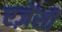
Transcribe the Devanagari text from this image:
एज़ेंसी